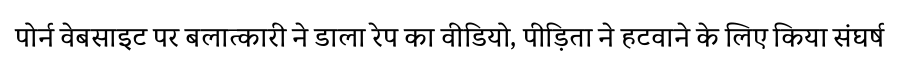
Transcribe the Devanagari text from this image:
पोर्न वेबसाइट पर बलात्कारी ने डाला रेप का वीडियो, पीड़िता ने हटवाने के लिए किया संघर्ष